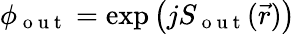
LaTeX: \phi_{\mathrm{~o~u~t~}}=\exp{\left(jS_{\mathrm{~o~u~t~}}(\vec{r})\right)}